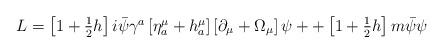
LaTeX: \begin{align*}\begin{array}{c}L=\left[ 1+\frac 12h\right] i\bar \psi \gamma ^a\left[ \eta _a^\mu +h_a^\mu\right] \left[ \partial _\mu +\Omega _\mu \right] \psi ++\left[ 1+\frac12h\right] m\bar \psi \psi\end{array}\end{align*}